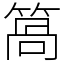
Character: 䈑